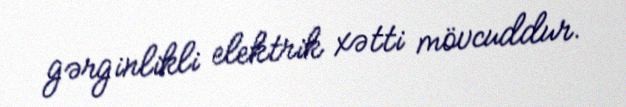
gərginlikli elektrik xətti mövcuddur.